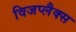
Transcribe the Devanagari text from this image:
विजप्लैक्स